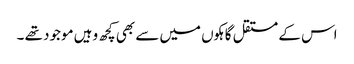
اس کے مستقل گاہکوں میں سے بھی کچھ وہیں موجود تھے ۔